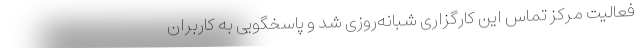
فعالیت مرکز تماس این کارگزاری شبانه‌روزی شد و پاسخگویی به کاربران